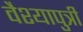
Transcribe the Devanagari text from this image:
वैश्यापुत्री